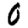
Digit: 0